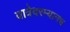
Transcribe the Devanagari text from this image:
यात्रेदरम्यानच